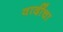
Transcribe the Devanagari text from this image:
वादींचा